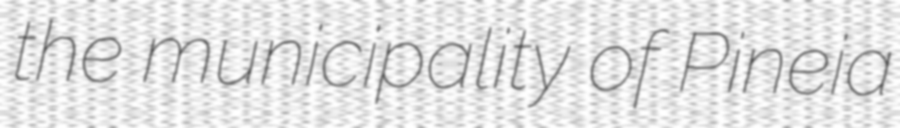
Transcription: the municipality of Pineia